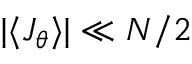
| \langle J _ { \theta } \rangle | \ll N / 2